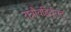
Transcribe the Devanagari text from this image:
रात्रौवह्रिर्दूरात्